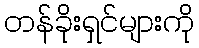
တန်ခိုးရှင်များကို